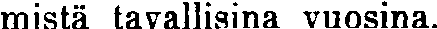
mistä tavallisina vuosina.